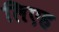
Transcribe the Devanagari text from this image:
लिएह